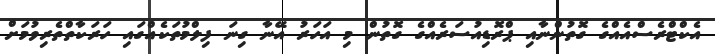
އެކްޓްރެސްއެއްގެ ގޮތުންނާއި ޕްރޮޑިއުސަރެއްގެ ގޮތުން މި އަހަރު އޭނާ ގިނަ ފިލްމުތަކެއްގައި ހަރަކާތްތެރިވުމަށް